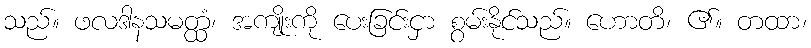
သည်။ ဖလဒါနသမတ္ထံ၊ အကျိုးကို ပေးခြင်းငှာ စွမ်းနိုင်သည်။ ဟောတိ၊ ၏။ တထာ၊